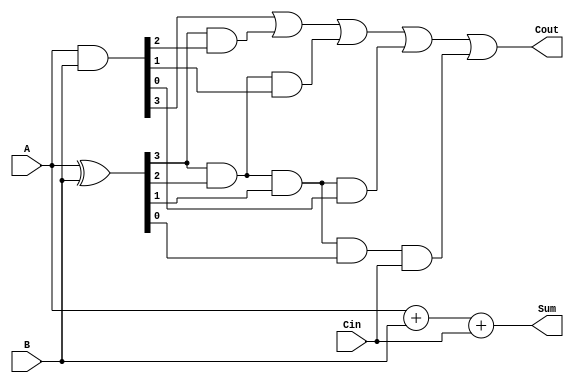
module carry_lookahead_adder (
    input [3:0] A,
    input [3:0] B,
    input Cin,
    output [4:0] Sum,
    output Cout
);

// Internal signals
wire [3:0] P, G;
wire [4:0] C;

// Generate and Propagate signals
assign P = A ^ B;
assign G = A & B;

// Carry calculations
assign C[0] = Cin;
assign C[1] = G[0] | (P[0] & C[0]);
assign C[2] = G[1] | (P[1] & G[0]) | (P[1] & P[0] & C[0]);
assign C[3] = G[2] | (P[2] & G[1]) | (P[2] & P[1] & G[0]) | (P[2] & P[1] & P[0] & C[0]);
assign C[4] = G[3] | (P[3] & G[2]) | (P[3] & P[2] & G[1]) | (P[3] & P[2] & P[1] & G[0]) | (P[3] & P[2] & P[1] & P[0] & C[0]);

// Output sum and carry out
assign Sum = A + B + Cin;
assign Cout = C[4];

endmodule